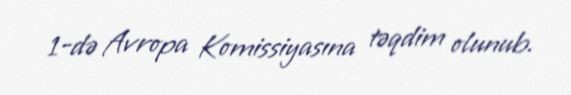
1-də Avropa Komissiyasına təqdim olunub.